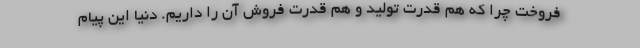
فروخت چرا که هم قدرت تولید و هم قدرت فروش آن را داریم. دنیا این پیام